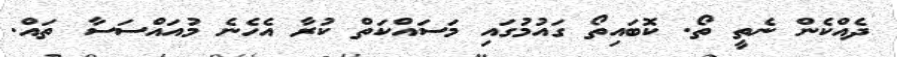
ދެއްްކެން ނެތީ ތޯ. ކޮބައިތޯ ގައުމުގައި މަސައްކަތް ކުރާ އެހެނެ މުއައްސަސާ ތައް.